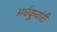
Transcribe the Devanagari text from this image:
अर्धकुवांरी